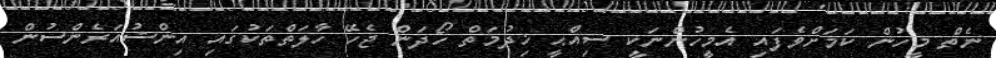
ނެތް މީހުން ކަމަށްވެފައި އެމީހުންނަކީ ސިއްޙީ ޚިދުމަތް ހޯދަން ޖެހޭ ހާލަތްތަކުގައި އިންޝުއަރެންސުން